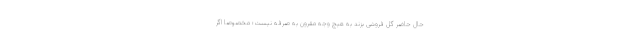
حال حاضر گل فروشی بزند به هیچ وجه مقرون به صرفه نیست؛ مخصوصا اگر